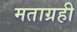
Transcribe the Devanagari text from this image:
मताग्रही